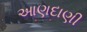
આણદાણી